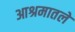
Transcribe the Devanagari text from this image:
आश्रमातले